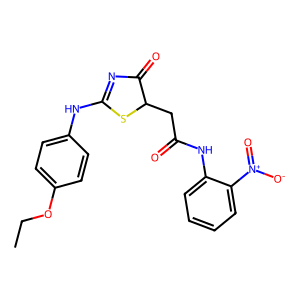
SMILES: CCOc1ccc(NC2=NC(=O)C(CC(=O)Nc3ccccc3[N+](=O)[O-])S2)cc1
Inhibits HIV replication: No